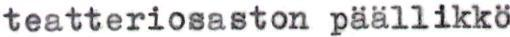
teatteriosaston päällikkö